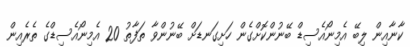
ކާނާއިން ލިބޭ އެމިނޯއެސިޑް ބޭނުންކޮށްގެން ހަށިގަނޑަށް ބޭނުންވާ ތަފާތު 20 އެމިނޯއެސިޑްގެ ތެރެއިން